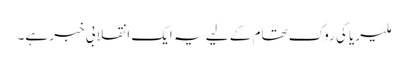
ملیریا کی روک تھام کے لیے یہ ایک انقلابی خبر ہے۔